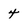
Character: 4